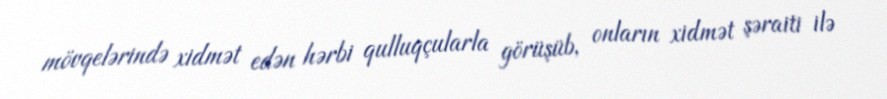
mövqelərində xidmət edən hərbi qulluqçularla görüşüb, onların xidmət şəraiti ilə